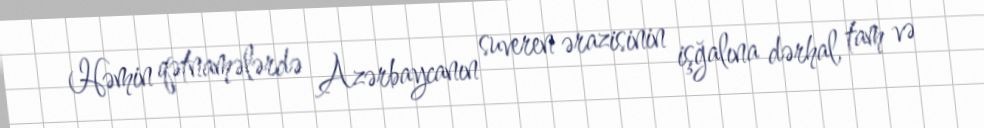
Həmin qətnamələrdə Azərbaycanın suveren ərazisinin işğalına dərhal, tam və